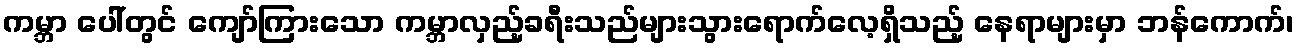
ကမ္ဘာ ပေါ်တွင် ကျော်ကြားသော ကမ္ဘာလှည့်ခရီးသည်များသွားရောက်လေ့ရှိသည့် နေရာများမှာ ဘန်ကောက်၊